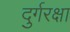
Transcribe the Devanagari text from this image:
दुर्गरक्षा